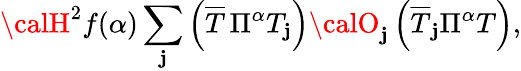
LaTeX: {\calH}^{2}f(\alpha)\sum_{\mathbf{j}}\left(\overline{{{{T}}}}\, \Pi^{\alpha}T_{\mathbf{j}}\right){\calO}_{\mathbf{j}}\left(\overline{{{{T}}}}_{\mathbf{j}}\Pi^{\alpha}T\right),